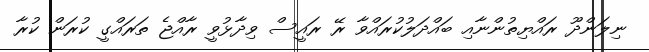
ނިލަންދޫ ރައްޔިތުންނާއި ބައްދަލުކުރައްވާ ރޭ ރައީސް ވިދާޅުވީ ރާއްޖެ ތަރައްގީ ކުރަން ކުރާ